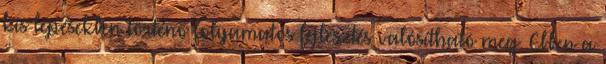
kis lépésekben történő folyamatos fejlesztés valósítható meg. Ebben a